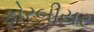
ફોરબીયર